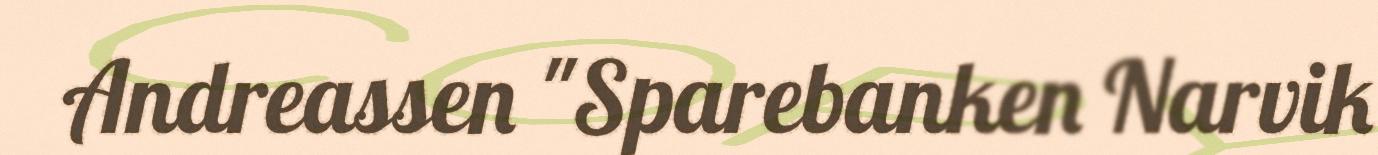
Andreassen "Sparebanken Narvik